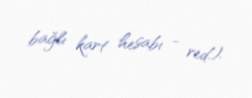
bağlı kart hesabı - red.).